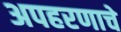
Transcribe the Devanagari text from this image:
अपहरणाचे